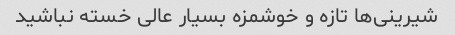
شیرینی‌ها تازه و خوشمزه بسیار عالی خسته نباشید